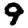
Digit: 9